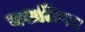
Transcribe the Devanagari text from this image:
यशलिप्सा